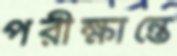
পরীক্ষান্তে